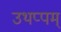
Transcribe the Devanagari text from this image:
उथप्पम्